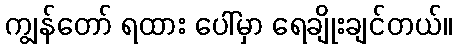
ကျွန်တော် ရထား ပေါ်မှာ ရေချိုးချင်တယ်။